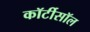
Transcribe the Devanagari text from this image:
कॉर्टीसॉल